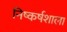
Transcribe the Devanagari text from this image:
निष्कर्षशाला